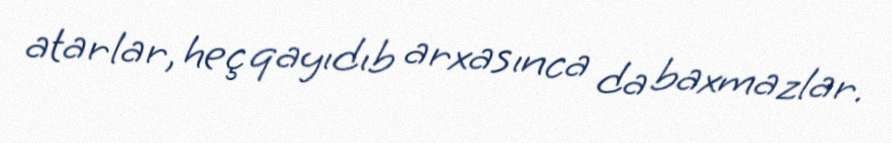
atarlar, heç qayıdıb arxasınca da baxmazlar.